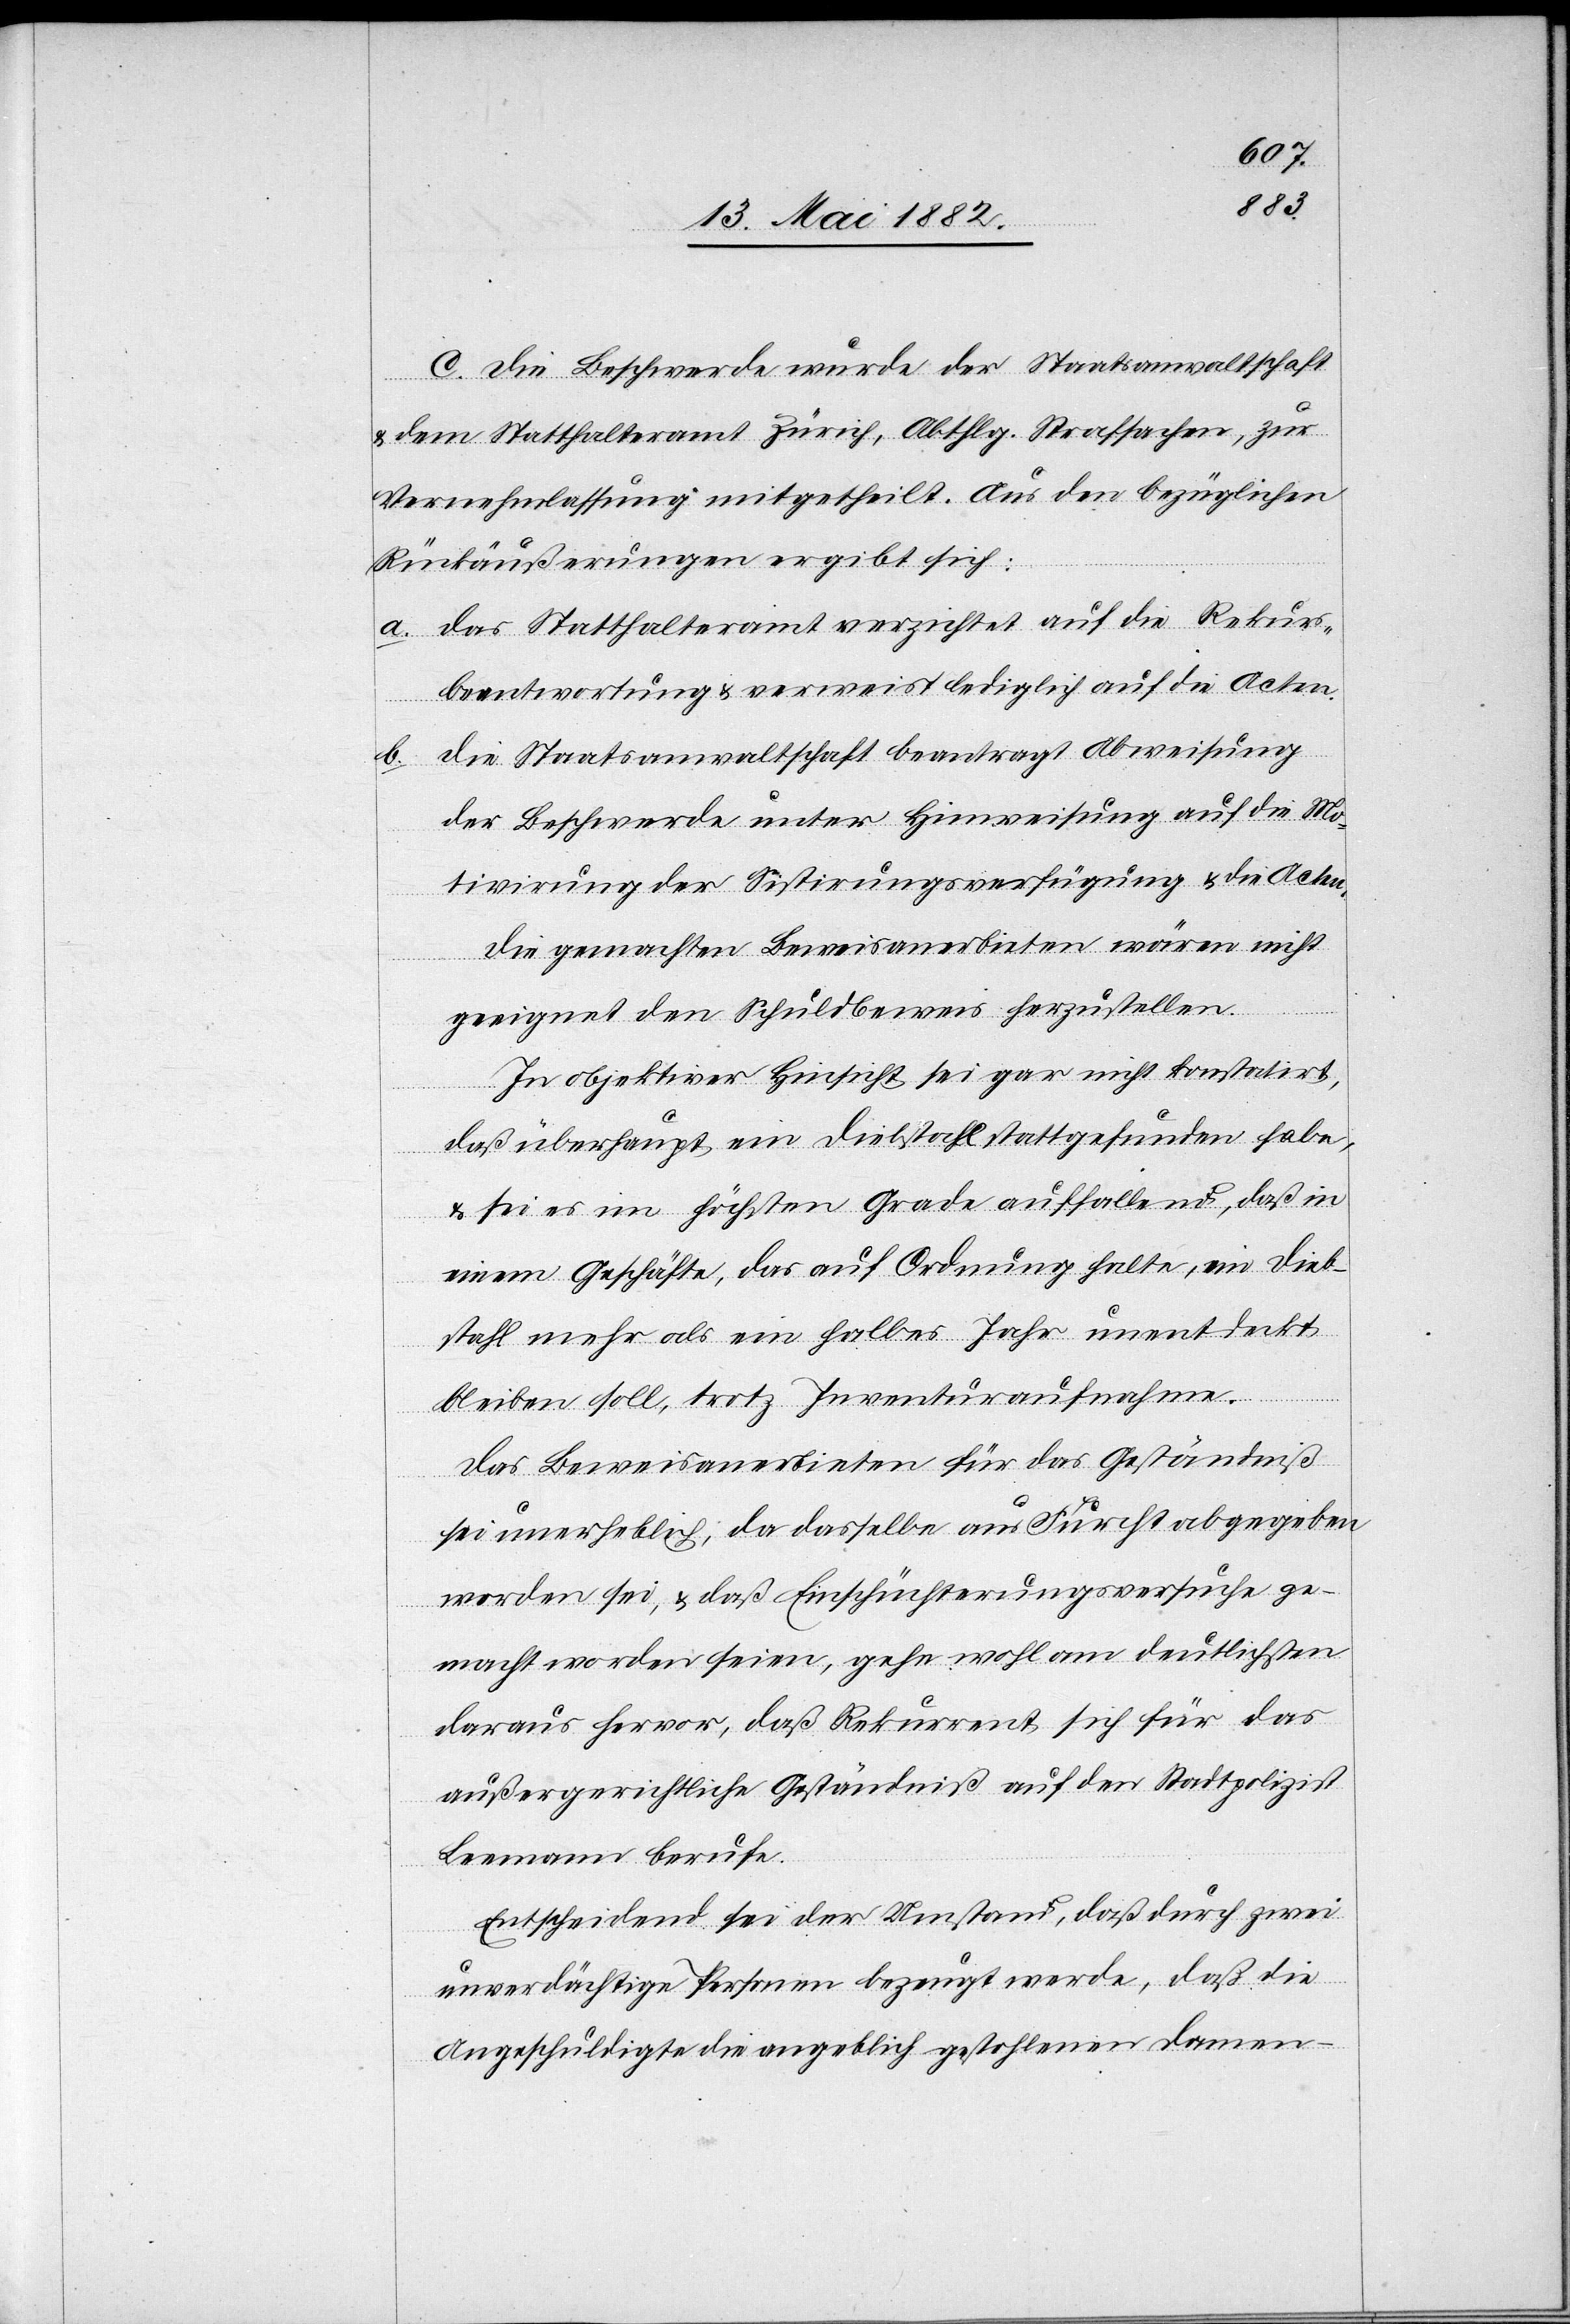
C. Die Beschwerde wurde der Staatsanwaltschaft
& dem Statthalteramt Zürich, Abthlg. Strafsachen, zur
Vernehmlassung mitgetheilt. Aus den bezüglichen
Rückäußerungen ergibt sich:
a. Das Statthalteramt verzichtet auf die Rekurs¬
beantwortung & verweist lediglich auf die Acten.
Die Staatsanwaltschaft beantragt Abweisung
der Beschwerde unter Hinweisung auf die Mo¬
tivirung der Sistirungsverfügung & die Acten.
Die gemachten Beweisanerbieten wären nicht
geeignet den Schuldbeweis herzustellen.
In objektiver Hinsicht sei gar nicht konstatirt,
daß überhaupt ein Diebstahl stattgefunden habe,
& sei es im höchsten Grade auffallend, daß in
einem Geschäfte, das auf Ordnung halte, ein Dieb¬
stahl mehr als ein halbes Jahr unentdeckt
bleiben soll, trotz Inventuraufnahme.
Das Beweisanerbieten für das Geständniß
sei unerheblich, da dasselbe auf Furcht abgegeben
worden sei, & daß Einschüchterungsversuche ge¬
macht worden seien, gehe wohl am deutlichsten
daraus hervor, daß Rekurrent sich für das
außergerichtliche Geständniß auf den Stadtpolizist
Leemann berufe.
Entscheidend sei der Umstand, daß durch zwei
unverdächtige Personen bezeugt werde, daß die
Angeschuldigte die angeblich gestohlenen Damen-